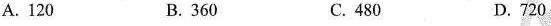
A.120 B.360 C.480 D.720